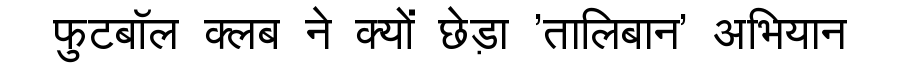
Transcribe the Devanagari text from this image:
फुटबॉल क्लब ने क्यों छेड़ा 'तालिबान' अभियान